Report on vaccination in Madras 1895-1903 - 1895-1903
Year: 1895
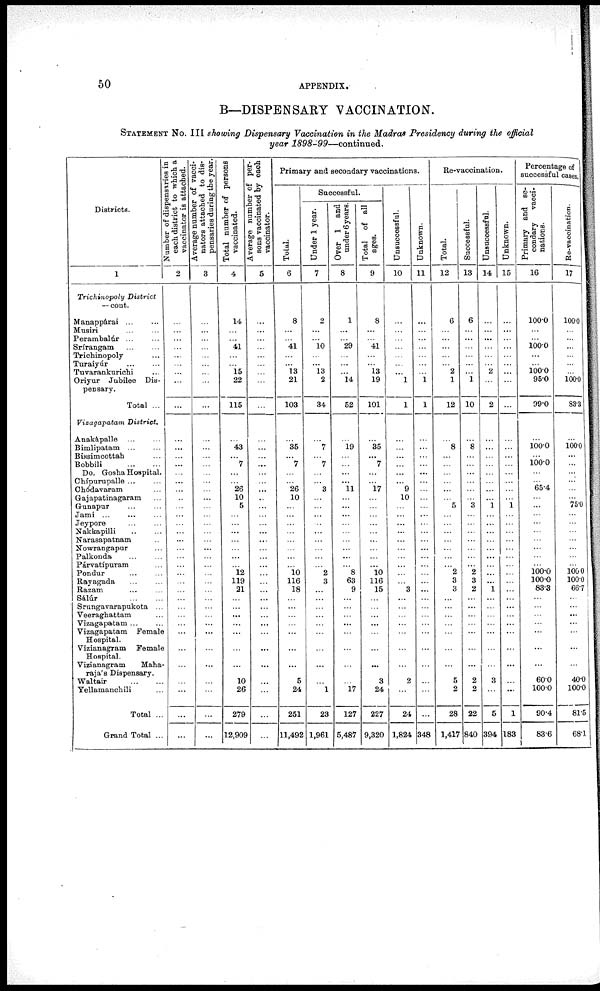
50
APPENDIX.
B—DISPENSARY VACCINATION.
STATENENT NO. III showing Dispensary Vaccination in the Madras Presidency during the official
year 1898-99—continued.
Districts.
1
Trichinopoly District
— cont.
Manappárai ... ...
Musiri ... ...
Perambalúr ... ...
Srírangam ... ...
Trichinopoly...
Turaiyúr
...
...
Tuvarankurichi ...
Oriyur Jubilee Dis-
pensary.
Total ...
Vizagapatam District.
Anakápalle ... ...
Bimlipatam
...
...
Bissimcottah ...
Bobbili
...
...
Do. Gosha Hospital.
Chípurupalle ... ...
Chódavaram ...
Gajapatinagaram ...
Gunapur ... ...
Jami ... ... ...
Jeypore ... ...
Nakkapilli
...
...
Narasapatnam ...
Nowrangapur ...
Palkonda
...
...
Párvatípuram ... ...
Pondur ... ...
Rayagada ... ...
Razam ... ...
Sálúr
...
...
Srungavarapukota ...
Veeraghattam ...
Vizagapatam ... ...
Vizagapatam Female
Hospital.
Vizianagram Female
Hospital.
Vizianagram
Maha-
raja's Dispensary.
Waltair
...
...
Yellamanchili ...
Total ...
Grand Total ...
Number of dispensaries in
each district to which a
vaccinator is attached.
2
...
...
...
...
...
...
...
...
...
...
...
...
...
...
...
...
...
...
...
...
...
...
...
...
...
...
...
...
...
...
...
...
...
...
...
...
...
...
...
Average number of vacci-
nators attached to dis-
pensaries during the year.
3
...
...
...
...
...
...
...
...
...
...
...
...
...
...
...
...
...
...
...
...
...
...
...
...
...
...
...
...
...
...
...
...
...
...
...
...
...
...
...
Total number of persons
vaccinated.
4
14
...
...
41
...
...
15
22
115
...
43
...
7
...
...
26
10
5
...
...
...
...
...
...
...
12
119
31
...
...
...
...
...
...
...
10
26
279
12,909
Average number of per-
sons vaccinated by each
vaccinator.
5
...
...
...
...
...
...
...
...
...
...
...
...
...
...
...
...
...
...
...
...
...
...
...
...
...
...
...
...
...
...
...
...
...
...
...
...
...
...
...
Primary and secondary vaccinations.
Total.
6
8
...
...
41
...
...
13
21
103
...
35
...
7
...
...
26
10
...
...
...
...
...
...
...
...
10
116
18
...
...
...
...
...
...
...
5
24
251
11,492
Successful.
Under 1 year.
7
2
...
...
10
...
...
13
2
34
...
7
...
7
...
...
3
...
...
...
...
...
...
...
...
...
2
3
...
...
...
...
...
...
...
...
...
1
23
1,961
Over 1 and
under 6 years.
8
1
...
...
29
...
...
...
14
52
...
19
...
...
...
...
11
...
...
...
...
...
...
...
...
...
8
63
9
...
...
...
...
...
...
...
...
17
127
5,487
Total of all
ages.
9
8
...
...
41
...
...
13
19
101
...
35
...
7
...
...
17
...
...
...
...
...
...
...
...
...
10
116
15
...
...
...
...
...
...
...
3
24
227
9,320
Unsuccessful.
10
...
...
...
...
...
...
...
1
1
...
...
...
...
...
...
9
10
...
...
...
...
...
...
...
...
...
...
3
...
...
...
...
...
...
...
2
...
24
1,824
Unknown.
11
...
...
...
...
...
...
...
1
1
...
...
...
...
...
...
...
...
...
...
...
...
...
...
...
...
...
...
...
...
...
...
...
...
...
...
...
...
...
348
Re-vaccination.
Total.
12
6
...
...
...
...
...
2
1
12
...
8
...
...
...
...
...
...
5
...
...
...
...
...
...
...
2
3
3
...
...
...
...
...
...
...
5
2
28
1,417
Successful.
13
6
...
...
...
...
...
...
1
10
...
8
...
...
...
...
...
...
3
...
...
...
...
...
...
...
2
3
2
...
...
...
...
...
...
...
2
2
22
840
Unsuccessful.
14
...
...
...
...
...
...
2
...
2
...
...
...
...
...
...
...
...
1
...
...
...
...
...
...
...
...
...
1
...
...
...
...
...
...
...
3
...
5
394
Unknown.
15
...
...
...
...
...
...
...
...
...
...
...
...
...
...
...
...
...
1
...
...
...
...
...
...
...
...
...
...
...
...
...
...
...
...
...
...
...
1
183
Percentage of
successful cases.
Primary and se-
condary vacci-
nations.
16
100.0
...
...
100.0
...
...
100.0
95.0
99.0
...
100.0
...
100.0
...
...
65.4
...
...
...
...
...
...
...
...
...
100.0
100.0
83.3
...
...
...
...
...
...
...
60.0
100.0
90.4
83.6
Re-vaccination.
17
100.0
...
...
...
...
...
...
100.0
83.3
...
100.0
...
...
...
...
...
...
75.0
...
...
...
...
...
...
...
100.0
100.0
66.7
...
...
...
...
...
...
...
40.0
100.0
81.5
68.1